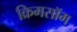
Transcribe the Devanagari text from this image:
क्रिमसॉम